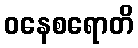
ဝနေစရောတိ